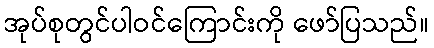
အုပ်စုတွင်ပါဝင်ကြောင်းကို ဖော်ပြသည်။